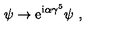
\psi \to \mathrm { e } ^ { \mathrm { i } \alpha \gamma ^ { 5 } } \psi \ ,